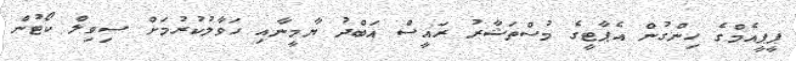
ޕީޕީއެމްގެ ހިންގުން އެޕާޓީގެ މުސްތަޝާރު ރައީސް އަބްދު ޔާމީނާއި ހަވާލުކުރުމަށް ސިވިލް ކޯޓުން